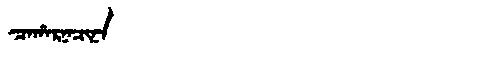
Manchu: ᠴᠠᡥᠠᡵᠨᠠᠴᡳᠨᠠ
Romanization: CAHARNACINA